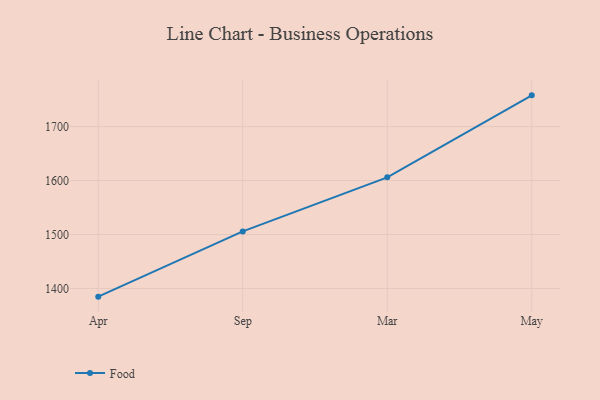
{"axis": {"x": "Month", "y": "Headcount"}, "legend": ["Food"], "data": [{"x": "Apr", "y": 1384.9, "type": "Food"}, {"x": "Sep", "y": 1505.8, "type": "Food"}, {"x": "Mar", "y": 1606.0, "type": "Food"}, {"x": "May", "y": 1757.9, "type": "Food"}]}